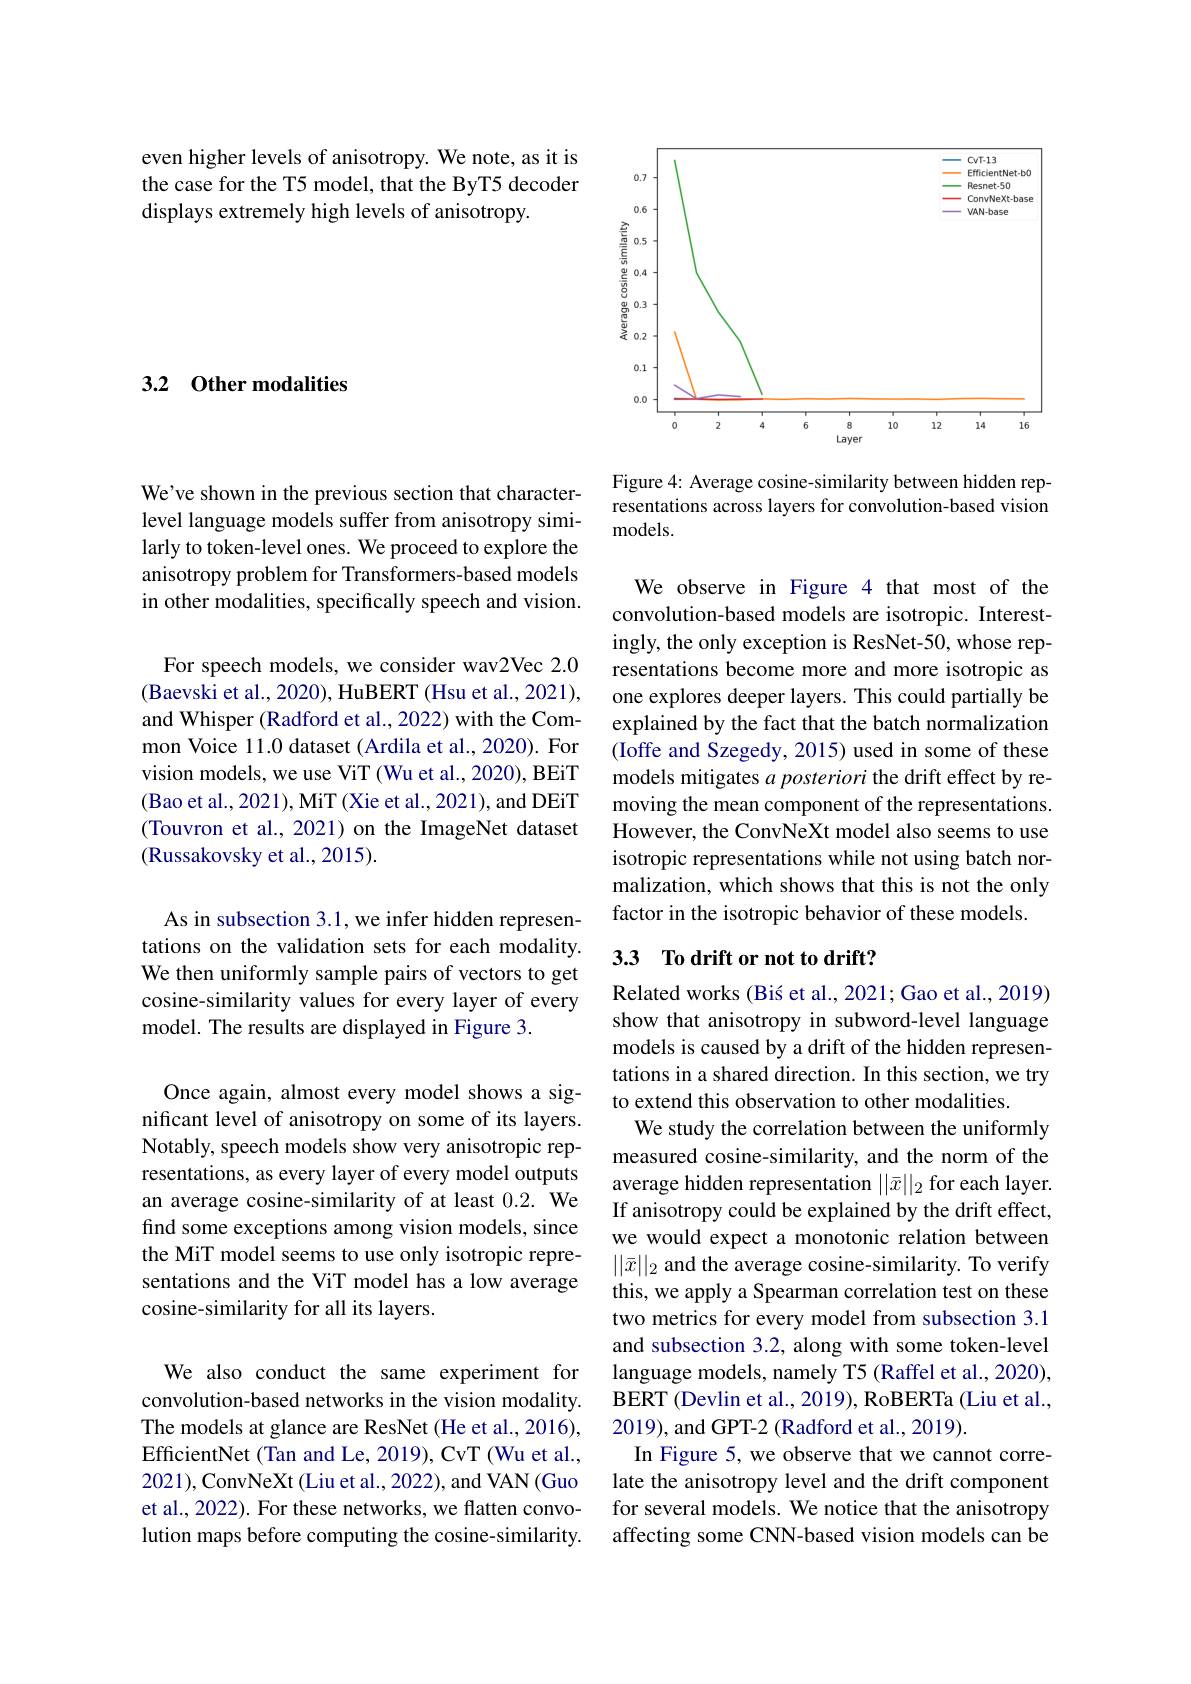
even higher levels of anisotropy. We note, as it is the case for the T5 model, that the ByT5 decoder displays extremely high levels of anisotropy.

3.2 Other modalities

We've shown in the previous section that characterlevel language models suffer from anisotropy similarly to token-level ones. We proceed to explore the anisotropy problem for Transformers-based models in other modalities, specifically speech and vision.

For speech models, we consider wav2Vec 2.0 (Baevski et al., 2020), HuBERT (Hsu et al., 2021), and Whisper (Radford et al., 2022) with the Common Voice 11.0 dataset (Ardila et al., 2020). For vision models, we use ViT (Wu et al., 2020), BEiT (Bao et al., 2021), MiT (Xie et al., 2021), and DEiT (Touvron et al., 2021) on the ImageNet dataset (Russakovsky et al., 2015).

As in subsection 3.1, we infer hidden representations on the validation sets for each modality. We then uniformly sample pairs of vectors to get cosine-similarity values for every layer of every model. The results are displayed in Figure 3.

Once again, almost every model shows a significant level of anisotropy on some of its layers. Notably, speech models show very anisotropic representations, as every layer of every model outputs an average cosine-similarity of at least 0.2. We find some exceptions among vision models, since the MiT model seems to use only isotropic representations and the ViT model has a low average cosine-similarity for all its layers.

We also conduct the same experiment for convolution-based networks in the vision modality. The models at glance are ResNet (He et al., 2016), EfficientNet (Tan and Le, 2019), CvT (Wu et al., 2021),ConvNeXt (Liu et al., 2022), and VAN(Guo et al., 2022). For these networks, we flatten convolution maps before computing the cosine-similarity.

<FigureHere>

Figure 4: Average cosine-similarity between hidden representations across layers for convolution-based vision models.

We observe in Figure 4 that most of the convolution-based models are isotropic. Interestingly, the only exception is ResNet-50, whose representations become more and more isotropic as one explores deeper layers. This could partially be explained by the fact that the batch normalization (Ioffe and Szegedy, 2015) used in some of these models mitigates $a$ posteriori the drift effect by removing the mean component of the representations. However, the ConvNeXt model also seems to use isotropic representations while not using batch normalization, which shows that this is not the only factor in the isotropic behavior of these models.

## 3.3 To drift or not to drift?

Related works (Bis et al., 2021; Gao et al., 2019) show that anisotropy in subword-level language models is caused by a drift of the hidden representations in a shared direction. In this section, we try to extend this observation to other modalities.
We study the correlation between the uniformly measured cosine-similarity, and the norm of the average hidden representation $||\bar{x}||_2$ for each layer If anisotropy could be explained by the drift effect, we would expect a monotonic relation between $||\bar{x}||_2$ and the average cosine-similarity. To verify this, we apply a Spearman correlation test on these two metrics for every model from subsection 3.1 and subsection 3.2, along with some token-level language models, namely T5 (Raffel et al., 2020), BERT (Devlin et al., 2019), RoBERTa (Liu et al., 2019), and GPT-2 (Radford et al., 2019)
In Figure 5, we observe that we cannot correlate the anisotropy level and the drift component for several models. We notice that the anisotropy affecting some CNN-based vision models can be